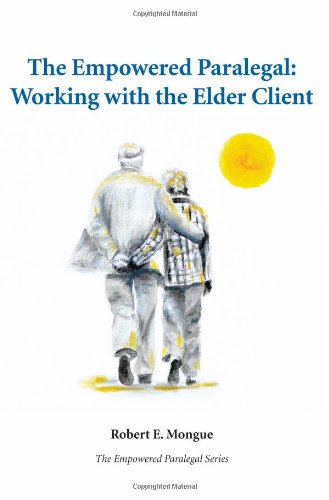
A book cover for The Empowered Paralegal: Working with the Elder Client; Robert E. Mongue; Law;